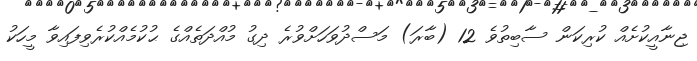
ޖިނާއީކުށެއް ކުރިކަން ސާބިތުވެ 12 (ބާރަ) މަސްދުވަހަށްވުރެ ދިގު މުއްދަތެއްގެ ޙުކުމެއްކުރެވިފައިވާ މީހަކު